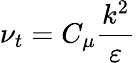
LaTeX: \nu_{t}=C_{\mu}\frac{k^{2}}{\varepsilon}